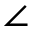
\angle